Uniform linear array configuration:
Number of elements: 12
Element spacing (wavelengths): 1
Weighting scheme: blackman
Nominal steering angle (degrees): -45
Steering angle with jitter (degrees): -43.144
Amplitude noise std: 0.05
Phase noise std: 0.05

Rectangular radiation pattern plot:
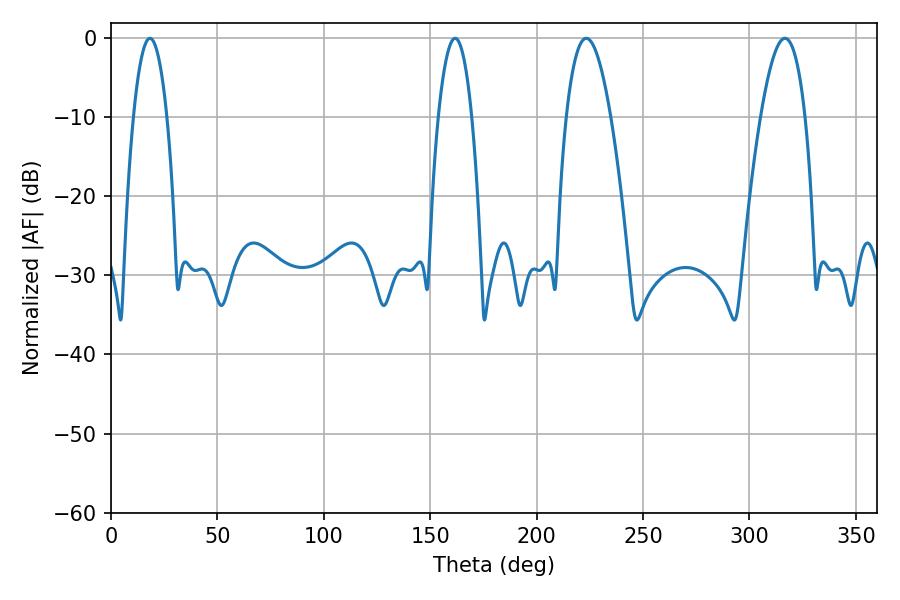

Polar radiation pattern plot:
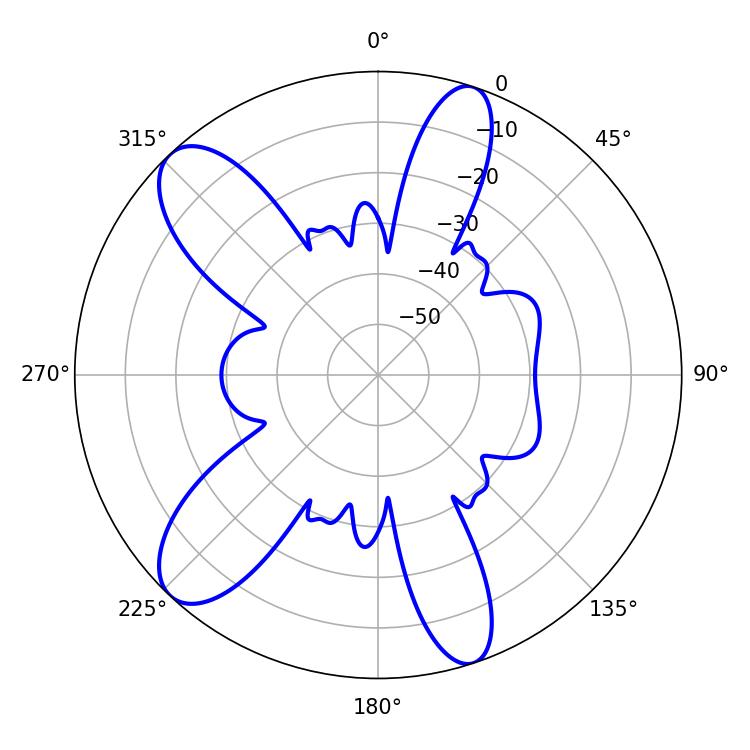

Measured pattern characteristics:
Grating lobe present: TRUE
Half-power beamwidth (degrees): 11.52
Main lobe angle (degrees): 223.38